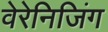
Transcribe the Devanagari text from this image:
वेरेनिजिंग